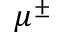
\mu ^ { \pm }